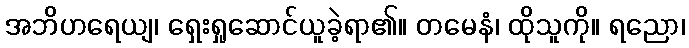
အဘိဟရေယျ၊ ရှေးရှုဆောင်ယူခဲ့ရာ၏။ တမေနံ၊ ထိုသူကို။ ရညော၊